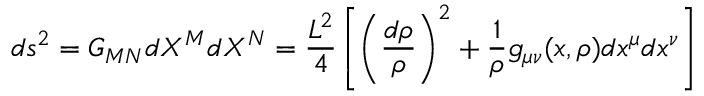
d s ^ { 2 } = G _ { M N } d X ^ { M } d X ^ { N } = \frac { L ^ { 2 } } { 4 } \left[ \left( \frac { d \rho } { \rho } \right) ^ { 2 } + \frac { 1 } { \rho } g _ { \mu \nu } ( x , \rho ) d x ^ { \mu } d x ^ { \nu } \right]